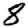
Digit: 8